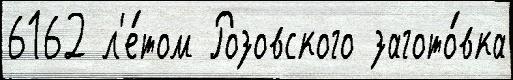
6162 л'е́том Розовского загото́вка